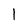
Character: 1